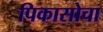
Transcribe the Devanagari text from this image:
पिकासोचा